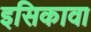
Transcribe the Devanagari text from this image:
इसिकावा